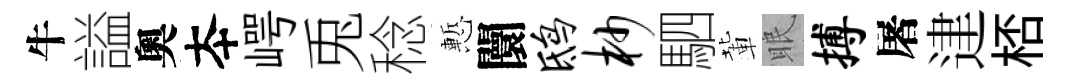
牛謚奧夲崿兎稔慙闤鸱杪駟輩眠搏屠䢖桮